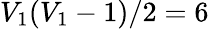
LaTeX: V_{1}(V_{1}-1)/2=6